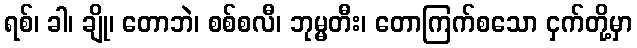
ရစ်၊ ခါ၊ ချို၊ တောဘဲ၊ စစ်စလီ၊ ဘုမ္မတီး၊ တောကြက်စသော ငှက်တို့မှာ